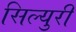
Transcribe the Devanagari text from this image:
सिल्युरी